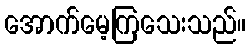
အောက်မေ့ကြသေးသည်။